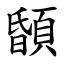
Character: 䫒